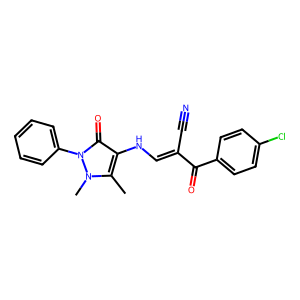
SMILES: Cc1c(NC=C(C#N)C(=O)c2ccc(Cl)cc2)c(=O)n(-c2ccccc2)n1C
Inhibits HIV replication: No